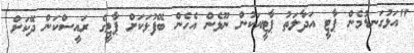
"އަޅުގަނޑުމެން ޕާޓީ އަދާލަތު ޕާޓީއަކުން ނޫޅެން އެހެން ބޭފުޅަކަށް ޕާޓީގެ ރައީސްކަން ދޭކަށް